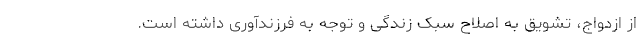
از ازدواج، تشویق به اصلاح سبک زندگی و توجه به فرزندآوری داشته است.